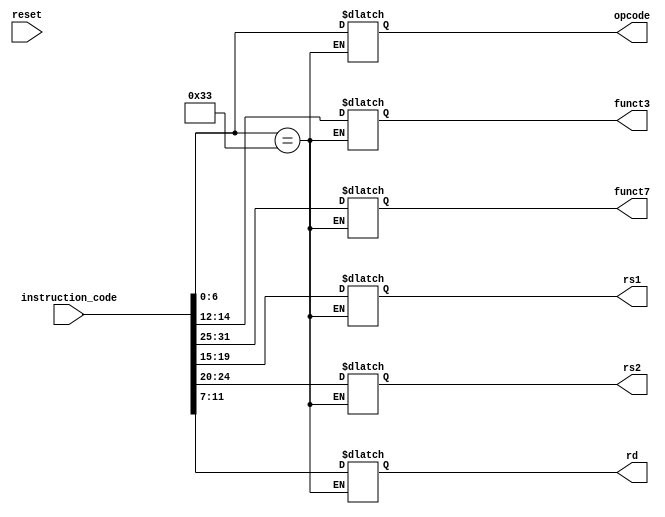
`timescale 1ns / 1ps
//////////////////////////////////////////////////////////////////////////////////
// Company: 
// Engineer: 
// 
// Design Name: 
// Module Name: inst_memory
// Project Name: 
// Target Devices: 
// Tool Versions: 
// Description: 
// 
// Dependencies: 
// 
// Revision:
// Revision 0.01 - File Created
// Additional Comments:
// 
//////////////////////////////////////////////////////////////////////////////////


module inst_memory(
input [31:0] instruction_code,
input reset,
output reg [6:0] opcode,
output reg [2:0] funct3,
output reg [6:0] funct7,
output reg [4:0] rs1,
output reg [4:0] rs2,
output reg [4:0] rd);
always @(reset)
begin 
if (instruction_code[6:0]==7'b0110011) // r-type instruction
begin 
funct7 = instruction_code[31:25];  
rs2 = instruction_code[24:20];
rs1 = instruction_code[19:15];
funct3 = instruction_code[14:12];
rd = instruction_code[11:7];
opcode = instruction_code[6:0]; 
end
end
endmodule